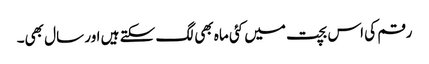
رقم کی اس بچت میں کئی ماہ بھی لگ سکتے ہیں اور سال بھی۔